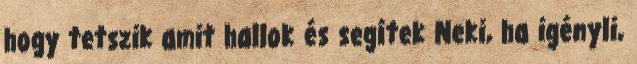
hogy tetszik amit hallok és segítek Neki, ha igényli,